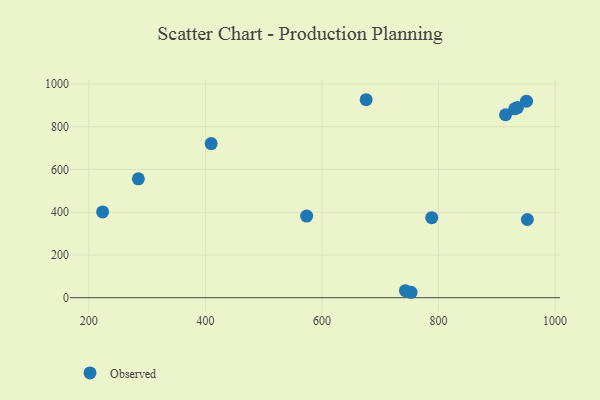
{"axis": {"x": "Engine Size", "y": "Profit"}, "legend": ["Observed"], "data": [{"x": "935.3", "y": 889.5, "type": "Observed"}, {"x": "223.7", "y": 401.2, "type": "Observed"}, {"x": "409.9", "y": 721.0, "type": "Observed"}, {"x": "743.2", "y": 32.9, "type": "Observed"}, {"x": "788.3", "y": 374.5, "type": "Observed"}, {"x": "930.7", "y": 883.4, "type": "Observed"}, {"x": "950.9", "y": 919.2, "type": "Observed"}, {"x": "914.9", "y": 856.0, "type": "Observed"}, {"x": "675.8", "y": 926.2, "type": "Observed"}, {"x": "952.4", "y": 365.9, "type": "Observed"}, {"x": "752.9", "y": 25.4, "type": "Observed"}, {"x": "285.0", "y": 556.3, "type": "Observed"}, {"x": "573.7", "y": 381.8, "type": "Observed"}]}